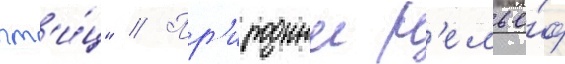
пт'и́ц" // Пр'иродныи р'елье́ф